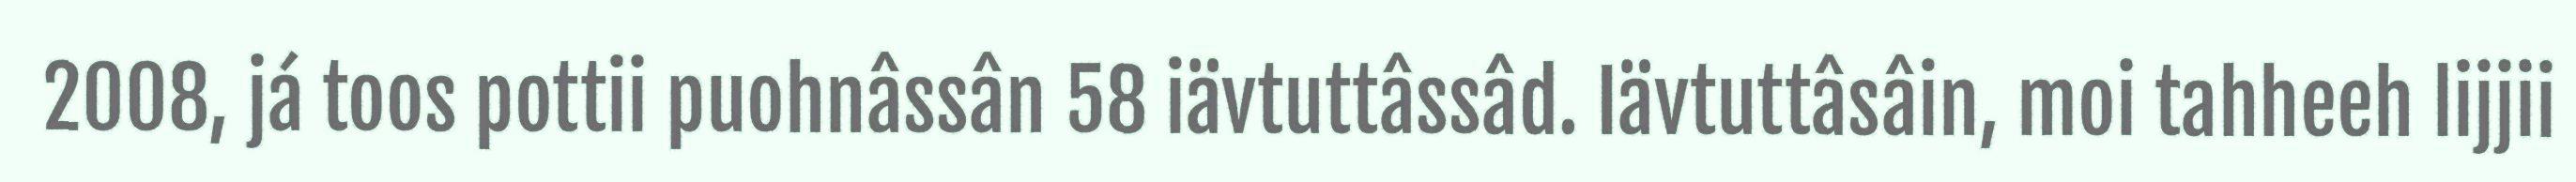
2008, já toos pottii puohnâssân 58 iävtuttâssâd. Iävtuttâsâin, moi tahheeh lijjii